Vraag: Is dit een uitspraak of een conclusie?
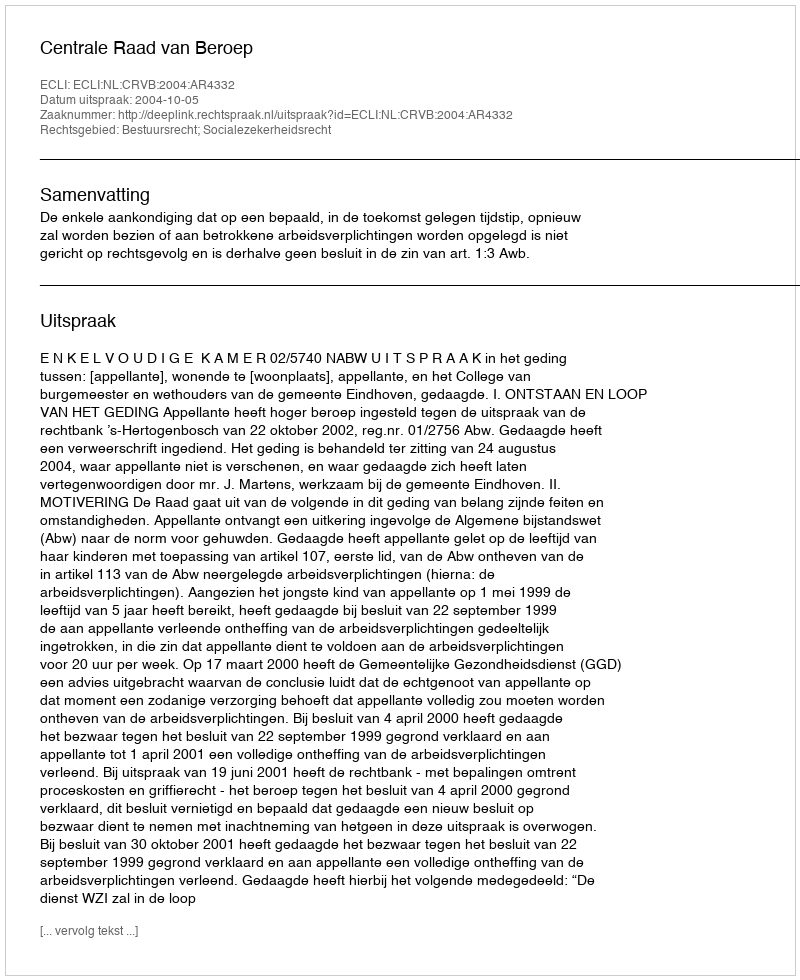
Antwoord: Uitspraak